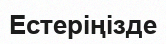
Естеріңізде